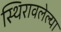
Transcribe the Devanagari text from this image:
स्थिरावलेल्या